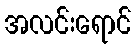
အလင်းရောင်